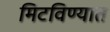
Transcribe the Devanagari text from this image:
मिटविण्यात